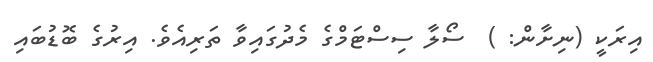
އިރަކީ (ނިށާން: )  ސޯލާ ސިސްޓަމްގެ މެދުގައިވާ ތަރިއެވެ. އިރުގެ ބޮޑުބައި